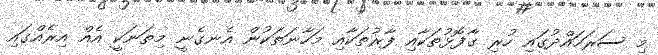
މި ސަރަހައްދުގައި ހުރި ގާފޮޅުތަކާއި ފާރުތަކާއި މަހާނަތަކުން އެނގެނީ މިތަނަކީ އެއް އިރެއްގައި